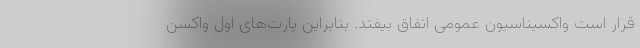
قرار است واکسیناسیون عمومی اتفاق بیفتد. بنابراین پارت‌های اول واکسن